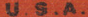
U.S.A.